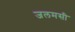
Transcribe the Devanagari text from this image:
जलमसी